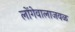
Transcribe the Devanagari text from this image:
लोंगेवालाजवळ